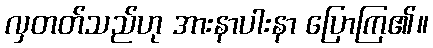
လှတတ်သည်ဟု အားနာပါးနာ ပြောကြ၏။